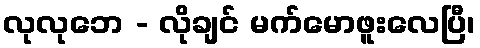
လုလုဘေ - လိုချင် မက်မောဖူးလေပြီ၊